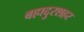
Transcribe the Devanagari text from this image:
बहादुरशहर